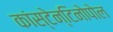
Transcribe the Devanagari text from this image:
कांस्टेन्टिनोपोल